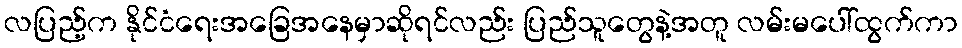
လပြည့်က နိုင်ငံရေးအခြေအနေမှာဆိုရင်လည်း ပြည်သူတွေနဲ့အတူ လမ်းမပေါ်ထွက်ကာ